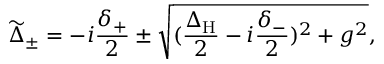
\widetilde { \Delta } _ { \pm } = - i \frac { \delta _ { + } } { 2 } \pm \sqrt { ( \frac { \Delta _ { \mathrm { H } } } { 2 } - i \frac { \delta _ { - } } { 2 } ) ^ { 2 } + g ^ { 2 } } ,